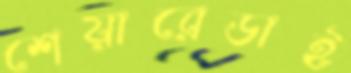
শেয়ারেডাই